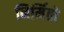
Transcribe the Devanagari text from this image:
निर्मितो